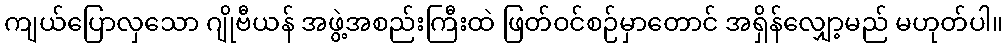
ကျယ်ပြောလှသော ဂျိုဗီယန် အဖွဲ့အစည်းကြီးထဲ ဖြတ်ဝင်စဉ်မှာတောင် အရှိန်လျှော့မည် မဟုတ်ပါ။